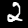
Label: 2